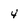
Character: 4